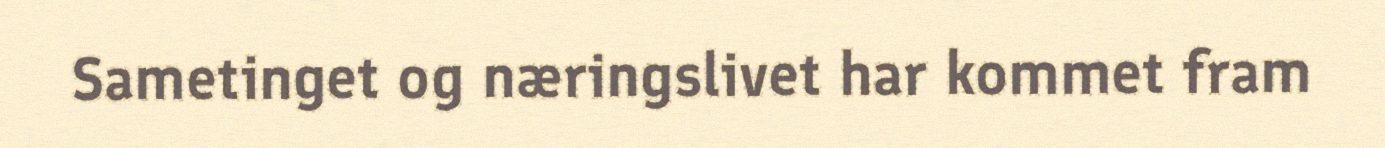
Sametinget og næringslivet har kommet fram